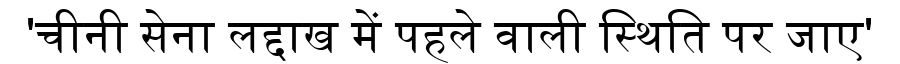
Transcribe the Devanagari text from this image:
'चीनी सेना लद्दाख में पहले वाली स्थिति पर जाए'